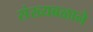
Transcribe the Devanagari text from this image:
संख्यबळाने